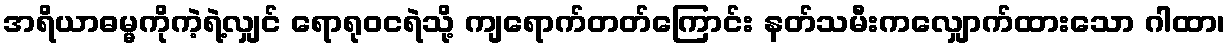
အရိယာဓမ္မကိုကဲ့ရဲ့လျှင် ရောရုဝငရဲသို့ ကျရောက်တတ်ကြောင်း နတ်သမီးကလျှောက်ထားသော ဂါထာ၊